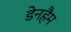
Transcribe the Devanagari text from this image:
डेनहैम